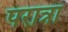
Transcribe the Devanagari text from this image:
परात्रा